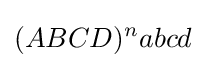
(ABCD)^{n}abcd